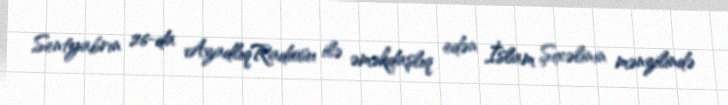
Sentyabrın 26-da AzadlıqRadiosu ilə əməkdaşlıq edən İslam Şıxəlinin mənzilində